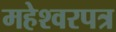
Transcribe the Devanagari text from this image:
महेश्वरपत्र